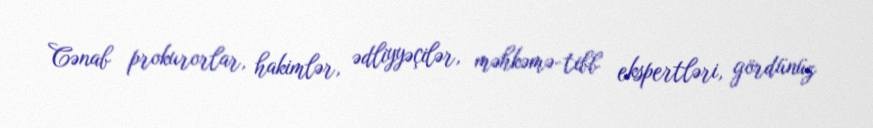
Cənab prokurorlar, hakimlər, ədliyyəçilər, məhkəmə-tibb ekspertləri, gördünüz